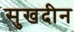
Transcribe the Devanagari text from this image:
सुखदीन